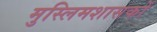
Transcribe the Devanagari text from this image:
मुस्लिमशासकों